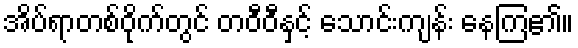
အိပ်ရာတစ်ဝိုက်တွင် တဝီဝီနှင့် သောင်းကျန်း နေကြ၏။